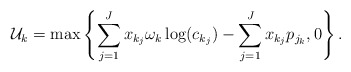
\begin{align*}\mathcal{U}_k=\max \left\{ \sum_{j=1}^J x_{k_j} \omega_k \log(c_{k_j}) - \sum_{j=1}^J x_{k_j}p_{j_k},0 \right\}. \end{align*}